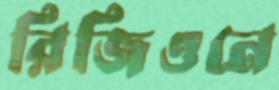
রিজিওনে